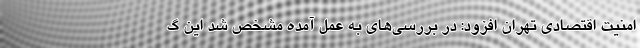
امنیت اقتصادی تهران افزود: در بررسی‌های به عمل آمده مشخص شد این گ